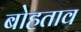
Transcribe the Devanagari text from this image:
बोहताव